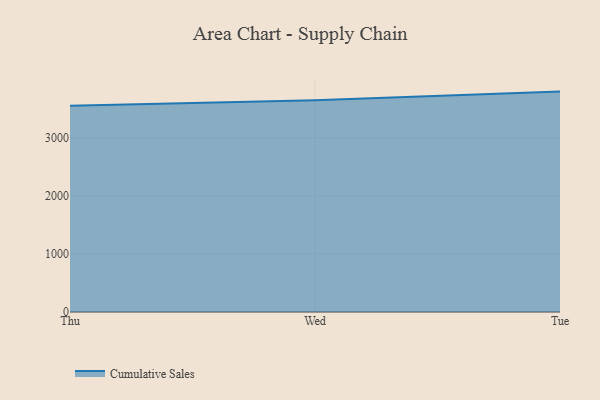
{"axis": {"x": "Day", "y": "Backlog"}, "legend": ["Cumulative Sales"], "data": [{"x": "Thu", "y": 3549.8, "type": "Cumulative Sales"}, {"x": "Wed", "y": 3644.3, "type": "Cumulative Sales"}, {"x": "Tue", "y": 3794.9, "type": "Cumulative Sales"}]}